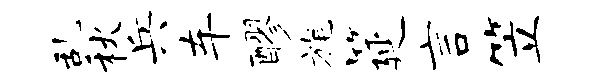
乱秋兵车醪旄筵言笠